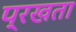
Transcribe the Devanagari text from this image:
प्रखता